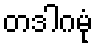
တဒါဂမုံ